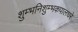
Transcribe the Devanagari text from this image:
शुम्भनिशुम्भकपालधरे